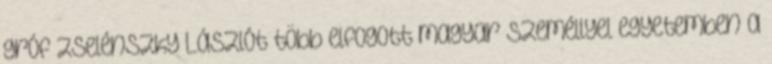
gróf Zselénszky Lászlót több elfogott magyar személlyel egyetemben a